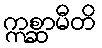
ဣစ္ဆာမီတိ